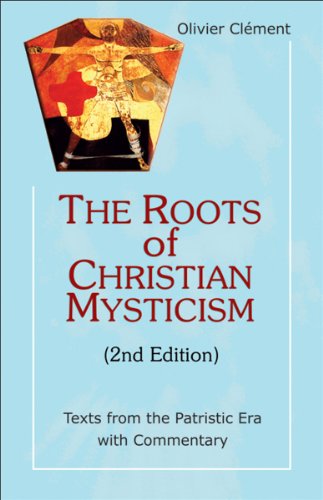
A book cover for Roots of Christian Mysticism: Texts from the Patristic Era with Commentary, 2nd Edition (Theology and Faith); Olivier ClÃ©ment; Christian Books & Bibles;